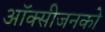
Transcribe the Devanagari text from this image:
ऑक्सीजनको